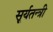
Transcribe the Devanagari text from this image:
सूर्यतन्त्री